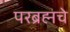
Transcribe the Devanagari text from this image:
परब्रह्मचे